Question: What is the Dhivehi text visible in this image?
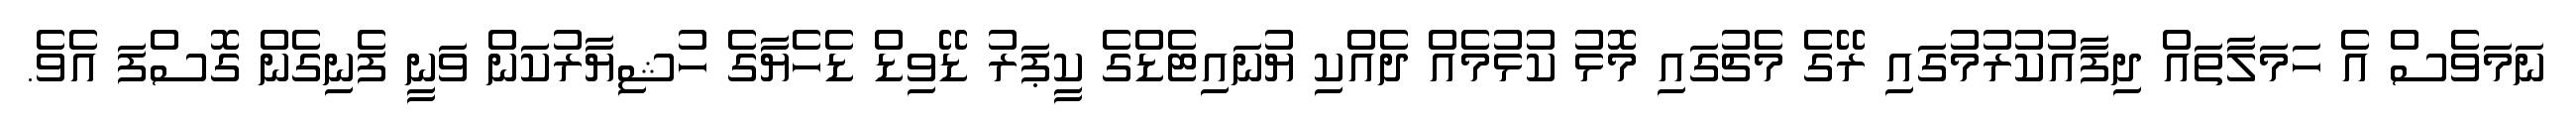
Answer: ނަމަވެސް އެ ހަމަލާތައް ދިފާއުކުރުމުގައި ރޭގެ މެޗުގައި މޮޅު ކުޅުމެއް ދެއްކި ޔުނައިޓެޑްގެ ކީޕަރު ޑޭވިޑް ޑެހެޔާގެ ހުޝިޔާރުކަން ވަނީ ފެނިގެން ގޮސްފަ އެވެ.